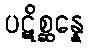
ပဋိစ္ဆန္နေ